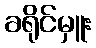
ခရိုင်မှူး